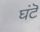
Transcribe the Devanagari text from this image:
घंटॆ